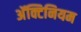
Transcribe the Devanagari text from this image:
अॅक्टिनियम